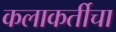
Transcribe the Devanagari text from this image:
कलाकर्तीचा